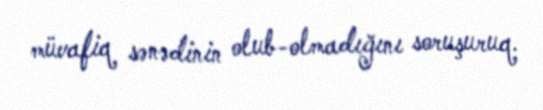
müvafiq sənədinin olub-olmadığını soruşuruq.